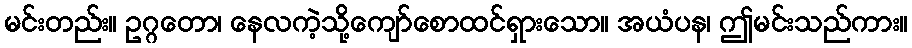
မင်းတည်း။ ဥဂ္ဂတော၊ နေလကဲ့သို့ကျော်စောထင်ရှားသော။ အယံပန၊ ဤမင်းသည်ကား။